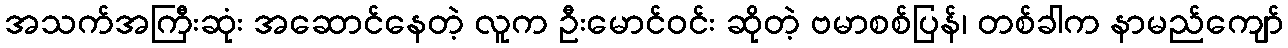
အသက်အကြီးဆုံး အဆောင်နေတဲ့ လူက ဦးမောင်ဝင်း ဆိုတဲ့ ဗမာစစ်ပြန်၊ တစ်ခါက နာမည်ကျော်